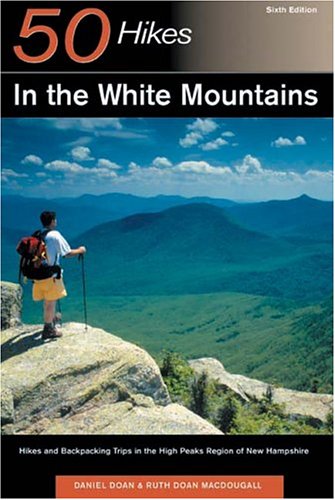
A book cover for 50 Hikes in the White Mountains: Hikes and Backpacking Trips in the High Peaks Region of New Hampshire (50 Hikes in Louisiana: Walks, Hikes, & Backpacks in the Bayou State); Daniel Doan; Travel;